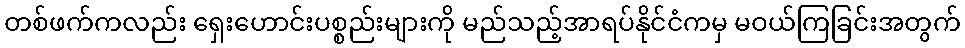
တစ်ဖက်ကလည်း ရှေးဟောင်းပစ္စည်းများကို မည်သည့်အာရပ်နိုင်ငံကမှ မဝယ်ကြခြင်းအတွက်